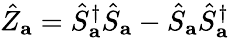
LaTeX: \hat{Z}_{\mathbf{a}}=\hat{S}_{\mathbf{a}}^{\dagger}\hat{S}_{\mathbf{a}}-\hat{S}_{\mathbf{a}}\hat{S}_{\mathbf{a}}^{\dagger}